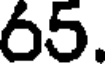
65.